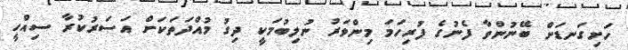
ހަށިގަނޑަށް ބޭނުންވާ ފެނުގެ ފުރިހަމަ މިންވަރު ނުލިބުމަކީ ދިގު މުއްދަތަކަށް އަސަރުކުރާ ސިއްހީ